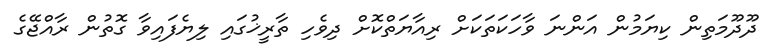
ދޫދޫމަތިން ކިޔަމުން އަންނަ ވާހަކަތަކަށް ރިއާޔަތްކޮށް ދިވެހި ތާރީޚުގައި ލިޔެފައިވާ ގޮތުން ރާއްޖޭގެ